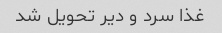
غذا سرد و دیر تحویل شد